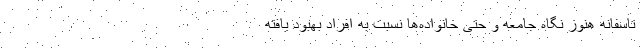
تاسفانه هنوز نگاه جامعه و حتی خانواده‌ها نسبت به افراد بهبود یافته